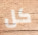
كل